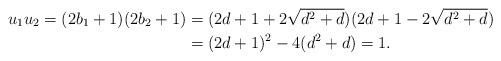
LaTeX: \begin{align*} u_1u_2 = (2b_1 + 1)(2b_2 + 1) &= (2d +1 + 2\sqrt{d^2 + d})(2d+1 -2 \sqrt{d^2 + d })\\&=(2d + 1)^2 - 4(d^2 + d)=1. \end{align*}